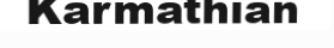
Karmathian